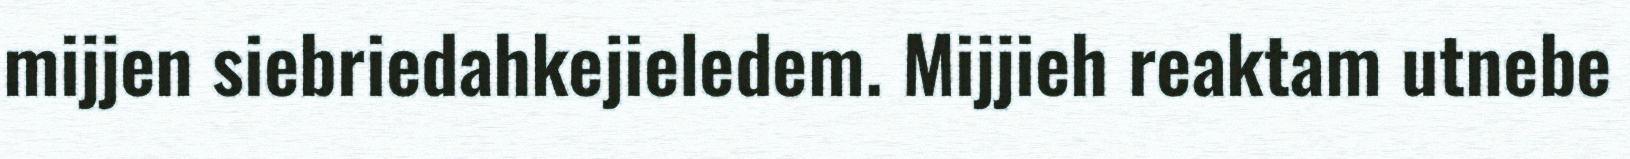
mijjen siebriedahkejieledem. Mijjieh reaktam utnebe